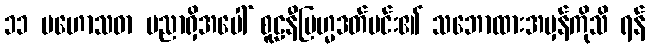
၁၁ မဟောသဓာ ပညာရှိအပေါ် စူဠနီဗြဟ္မဒတ်မင်း၏ သဘောထားအမှန်ကိုသိ ရန်